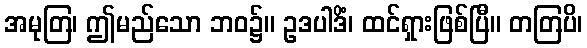
အမုတြ၊ ဤမည်သော ဘဝ၌။ ဥဒပါဒိံ၊ ထင်ရှားဖြစ်ပြီ။ တတြပိ၊